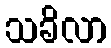
သခိလာ